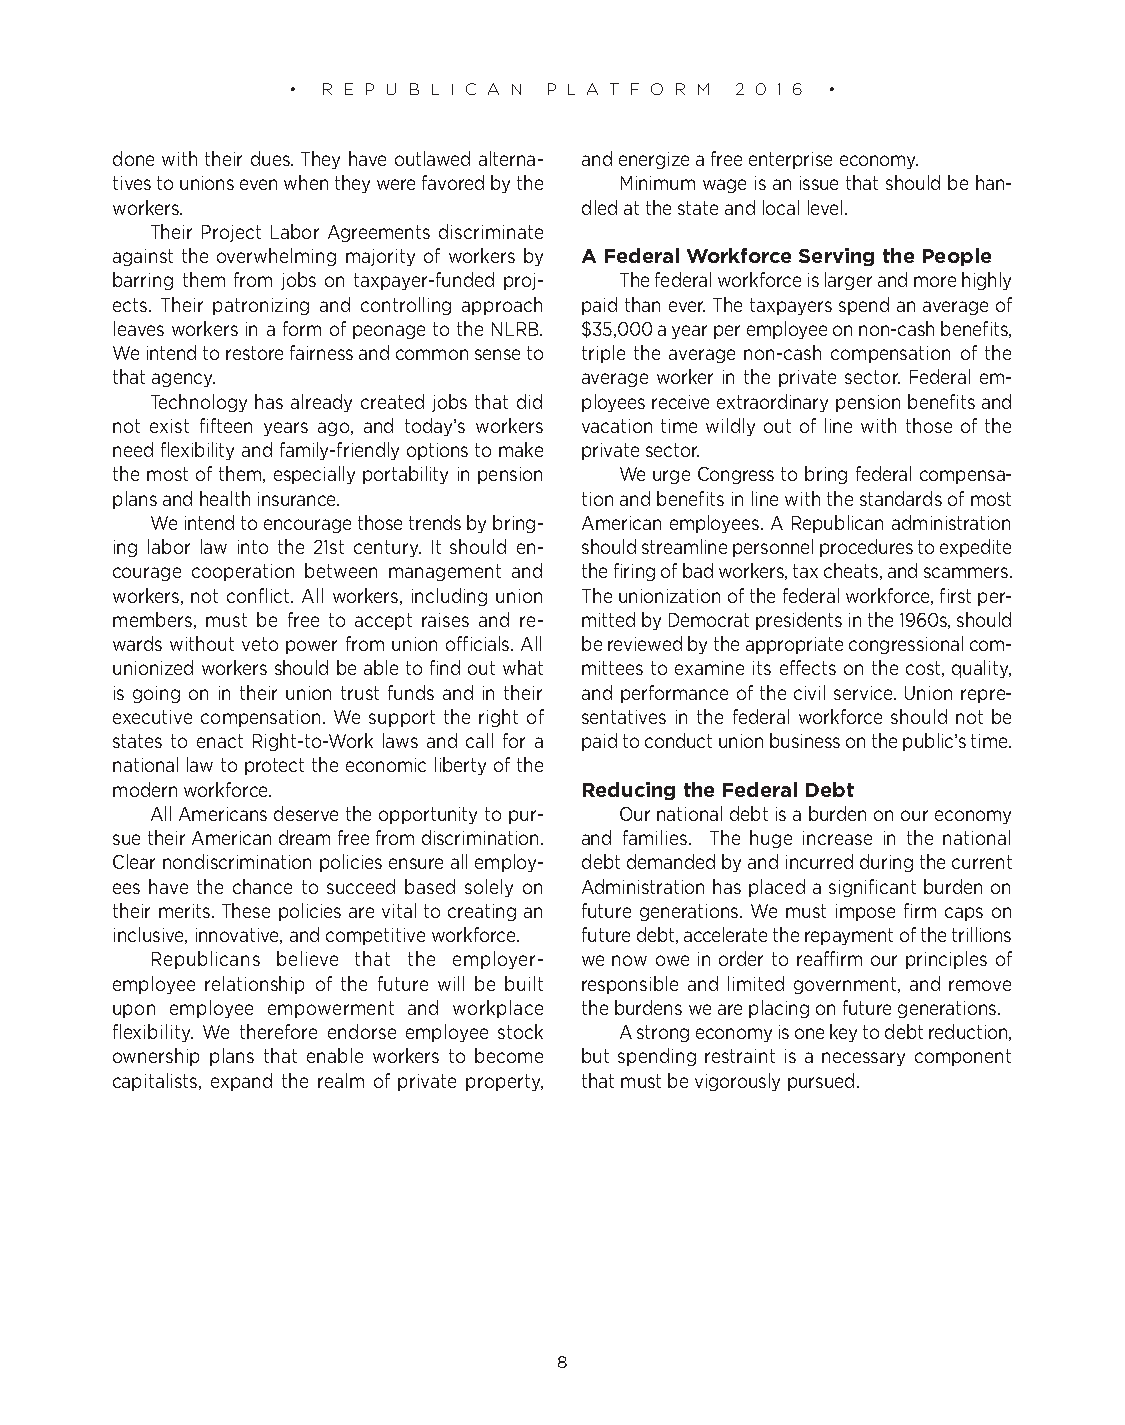
• R E P U B L I C A N P L A T F O R M 2 0 1 6 •
 done with their dues. They have outlawed alterna- and energize a free enterprise economy.
 tives to unions even when they were favored by the Minimum wage is an issue that should be han-
 workers.                       dled at the state and local level.
 Their Project Labor Agreements discriminate
 against the overwhelming majority of workers by A Federal Workforce Serving the People
 barring them from jobs on taxpayer-funded proj- The federal workforce is larger and more highly
 ects. Their patronizing and controlling approach paid than ever. The taxpayers spend an average of
 leaves workers in a form of peonage to the NLRB. $35,000 a year per employee on non-cash benefits,
 We intend to restore fairness and common sense to triple the average non-cash compensation of the
 that agency.                   average worker in the private sector. Federal em-
 Technology has already created jobs that did ployees receive extraordinary pension benefits and
 not exist fifteen years ago, and today’s workers vacation time wildly out of line with those of the
 need flexibility and family-friendly options to make private sector.
 the most of them, especially portability in pension We urge Congress to bring federal compensa-
 plans and health insurance.    tion and benefits in line with the standards of most
 We intend to encourage those trends by bring- American employees. A Republican administration
 ing labor law into the 21st century. It should en- should streamline personnel procedures to expedite
 courage cooperation between management and the firing of bad workers, tax cheats, and scammers.
 workers, not conflict. All workers, including union The unionization of the federal workforce, first per-
 members, must be free to accept raises and re- mitted by Democrat presidents in the 1960s, should
 wards without veto power from union officials. All be reviewed by the appropriate congressional com-
 unionized workers should be able to find out what mittees to examine its effects on the cost, quality,
 is going on in their union trust funds and in their and performance of the civil service. Union repre-
 executive compensation. We support the right of sentatives in the federal workforce should not be
 states to enact Right-to-Work laws and call for a paid to conduct union business on the public’s time.
 national law to protect the economic liberty of the
 modern workforce.              Reducing the Federal Debt
 All Americans deserve the opportunity to pur- Our national debt is a burden on our economy
 sue their American dream free from discrimination. and families. The huge increase in the national
 Clear nondiscrimination policies ensure all employ- debt demanded by and incurred during the current
 ees have the chance to succeed based solely on Administration has placed a significant burden on
 their merits. These policies are vital to creating an future generations. We must impose firm caps on
 inclusive, innovative, and competitive workforce. future debt, accelerate the repayment of the trillions
 Republicans believe that the employer- we now owe in order to reaffirm our principles of
 employee relationship of the future will be built responsible and limited government, and remove
 upon employee empowerment and workplace the burdens we are placing on future generations.
 flexibility. We therefore endorse employee stock A strong economy is one key to debt reduction,
 ownership plans that enable workers to become but spending restraint is a necessary component
 capitalists, expand the realm of private property, that must be vigorously pursued.
 8